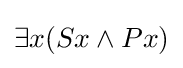
\exists x(Sx\land Px)